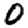
Digit: 0